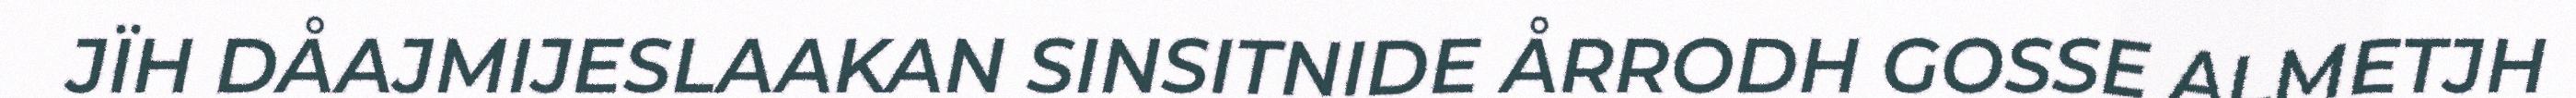
JÏH DÅAJMIJESLAAKAN SINSITNIDE ÅRRODH GOSSE ALMETJH